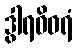
ဒွါရဝိဝရံ